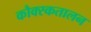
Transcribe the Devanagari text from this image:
कौक्स्कतालन